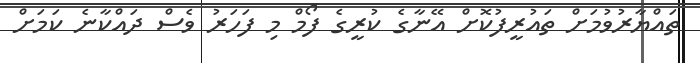
ތައްޔާރުވުމަށް ތައުރީފުކޮށް އޭނާގެ ކުރީގެ ފޯމް މި ފަހަރު ވެސް ދައްކާނެ ކަމަށް